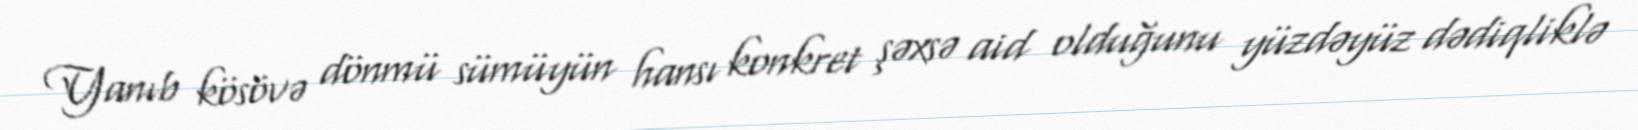
Yanıb kösövə dönmü sümüyün hansı konkret şəxsə aid olduğunu yüzdəyüz dədiqliklə